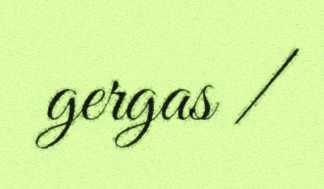
gergas /